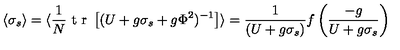
\langle \sigma _ { s } \rangle = \langle { \frac { 1 } { N } } \makebox { t r } \left[ ( U + g \sigma _ { s } + g \Phi ^ { 2 } ) ^ { - 1 } \right] \rangle = { \frac { 1 } { ( U + g \sigma _ { s } ) } } f \left( { \frac { - g } { U + g \sigma _ { s } } } \right)